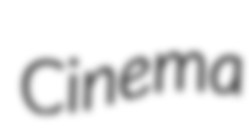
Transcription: Cinema